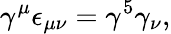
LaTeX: \gamma^{\mu}\epsilon_{\mu\nu}=\gamma^{5}\gamma_{\nu},